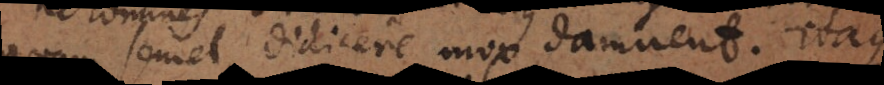
quam semel didicere mox damnent. itaque